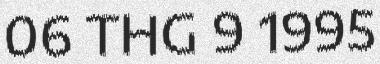
06 THG 9 1995